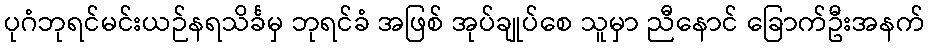
ပုဂံဘုရင်မင်းယဉ်နရသိင်္ခမှ ဘုရင်ခံ အဖြစ် အုပ်ချုပ်စေ သူမှာ ညီနောင် ခြောက်ဦးအနက်